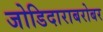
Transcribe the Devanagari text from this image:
जोडिदाराबरोबर